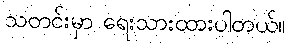
သတင်းမှာ ရေးသားထားပါတယ်။